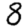
Digit: 8